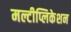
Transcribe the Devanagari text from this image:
मल्टीप्लिकेशन